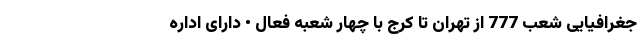
جغرافیایی شعب 777 از تهران تا کرج با چهار شعبه فعال • دارای اداره